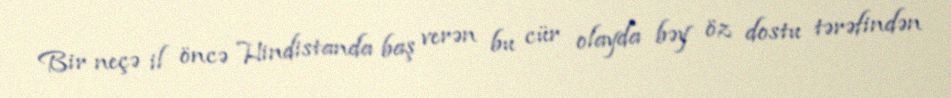
Bir neçə il öncə Hindistanda baş verən bu cür olayda bəy öz dostu tərəfindən